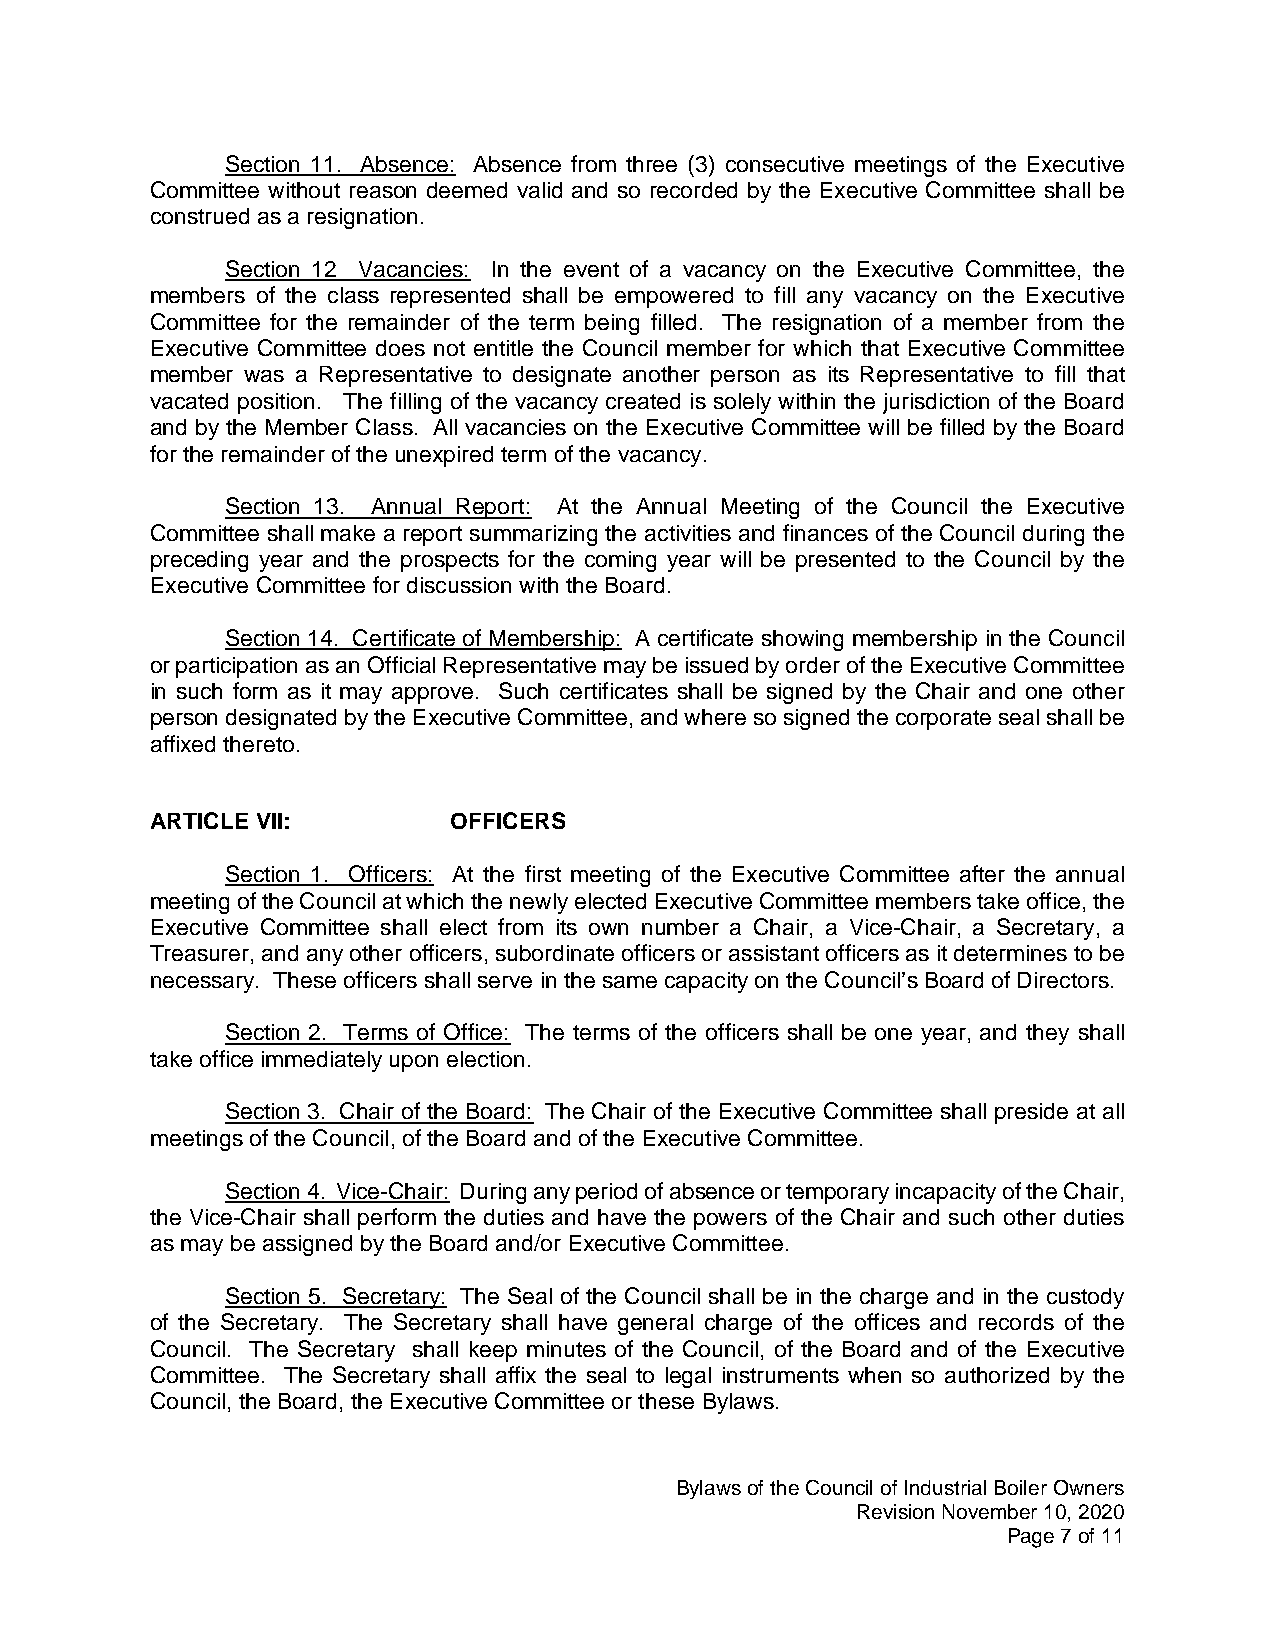
Section 11. Absence: Absence from three (3) consecutive meetings of the Executive
 Committee without reason deemed valid and so recorded by the Executive Committee shall be
 construed as a resignation.
 Section 12 Vacancies: In the event of a vacancy on the Executive Committee, the
 members of the class represented shall be empowered to fill any vacancy on the Executive
 Committee for the remainder of the term being filled. The resignation of a member from the
 Executive Committee does not entitle the Council member for which that Executive Committee
 member was a Representative to designate another person as its Representative to fill that
 vacated position. The filling of the vacancy created is solely within the jurisdiction of the Board
 and by the Member Class. All vacancies on the Executive Committee will be filled by the Board
 for the remainder of the unexpired term of the vacancy.
 Section 13. Annual Report: At the Annual Meeting of the Council the Executive
 Committee shall make a report summarizing the activities and finances of the Council during the
 preceding year and the prospects for the coming year will be presented to the Council by the
 Executive Committee for discussion with the Board.
 Section 14. Certificate of Membership: A certificate showing membership in the Council
 or participation as an Official Representative may be issued by order of the Executive Committee
 in such form as it may approve. Such certificates shall be signed by the Chair and one other
 person designated by the Executive Committee, and where so signed the corporate seal shall be
 affixed thereto.
 ARTICLE VII:        OFFICERS
 Section 1. Officers: At the first meeting of the Executive Committee after the annual
 meeting of the Council at which the newly elected Executive Committee members take office, the
 Executive Committee shall elect from its own number a Chair, a Vice-Chair, a Secretary, a
 Treasurer, and any other officers, subordinate officers or assistant officers as it determines to be
 necessary. These officers shall serve in the same capacity on the Council’s Board of Directors.
 Section 2. Terms of Office: The terms of the officers shall be one year, and they shall
 take office immediately upon election.
 Section 3. Chair of the Board: The Chair of the Executive Committee shall preside at all
 meetings of the Council, of the Board and of the Executive Committee.
 Section 4. Vice-Chair: During any period of absence or temporary incapacity of the Chair,
 the Vice-Chair shall perform the duties and have the powers of the Chair and such other duties
 as may be assigned by the Board and/or Executive Committee.
 Section 5. Secretary: The Seal of the Council shall be in the charge and in the custody
 of the Secretary. The Secretary shall have general charge of the offices and records of the
 Council. The Secretary shall keep minutes of the Council, of the Board and of the Executive
 Committee. The Secretary shall affix the seal to legal instruments when so authorized by the
 Council, the Board, the Executive Committee or these Bylaws.
 Bylaws of the Council of Industrial Boiler Owners
 Revision November 10, 2020
 Page 7 of 11